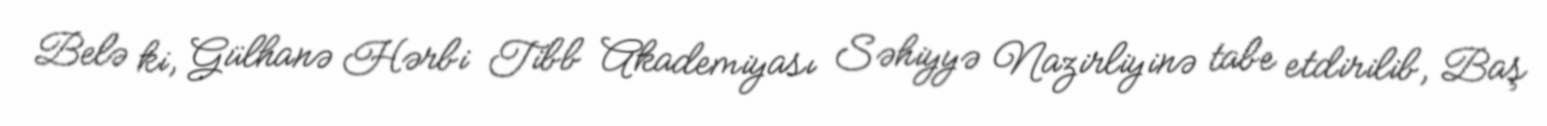
Belə ki, Gülhanə Hərbi Tibb Akademiyası Səhiyyə Nazirliyinə tabe etdirilib, Baş